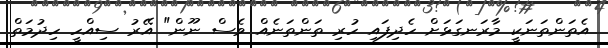
އެތަންތަނަކީ މާރަނގަޅަށް ހެދިފައި ހުރި ތަންތަނެއް ވެސް ނޫން" އޭރު ސިއްހީ ހިދުމަތް